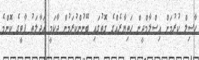
ހާސިލް ކުރުމަށް އިސްލާމްދީން ހަތިޔާރެއްގެ ގޮތުގައި ބޭނުންކުރަމުން ދާކަމީ އަދާލަތު ޕާޓީގެ ކޮންމެ